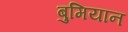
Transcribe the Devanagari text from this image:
बुमियान